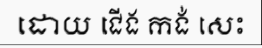
ដោយ ជើង កង់ សេះ